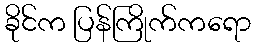
ခိုင်က ပြန်ကြိုက်ကရော